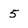
Character: 5